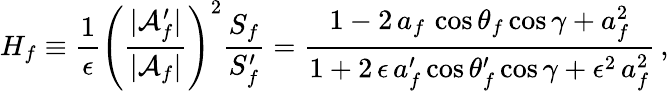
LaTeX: H_{f}\equiv\frac{1}{\epsilon}\left(\frac{|{\cal A}_{f}^{\prime}|}{|{\cal A}_{f}|}\right)^{2}\frac{S_{f}}{S_{f}^{\prime}}=\frac{1-2\, a_{f}\, \cos\theta_{f}\cos\gamma+a_{f}^{2}}{1+2\, \epsilon\, a_{f}^{\prime}\cos\theta_{f}^{\prime}\cos\gamma+\epsilon^{2}\, a_{f}^{2}}\, ,